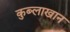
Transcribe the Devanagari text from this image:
कुब्लाखान